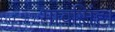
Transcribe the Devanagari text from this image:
भावसिंह।